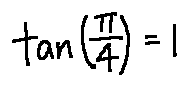
\tan ( \frac { \pi } { 4 } ) = 1